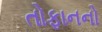
તોફાનનો